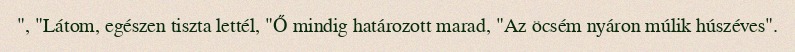
", "Látom, egészen tiszta lettél, "Ő mindig határozott marad, "Az öcsém nyáron múlik húszéves".